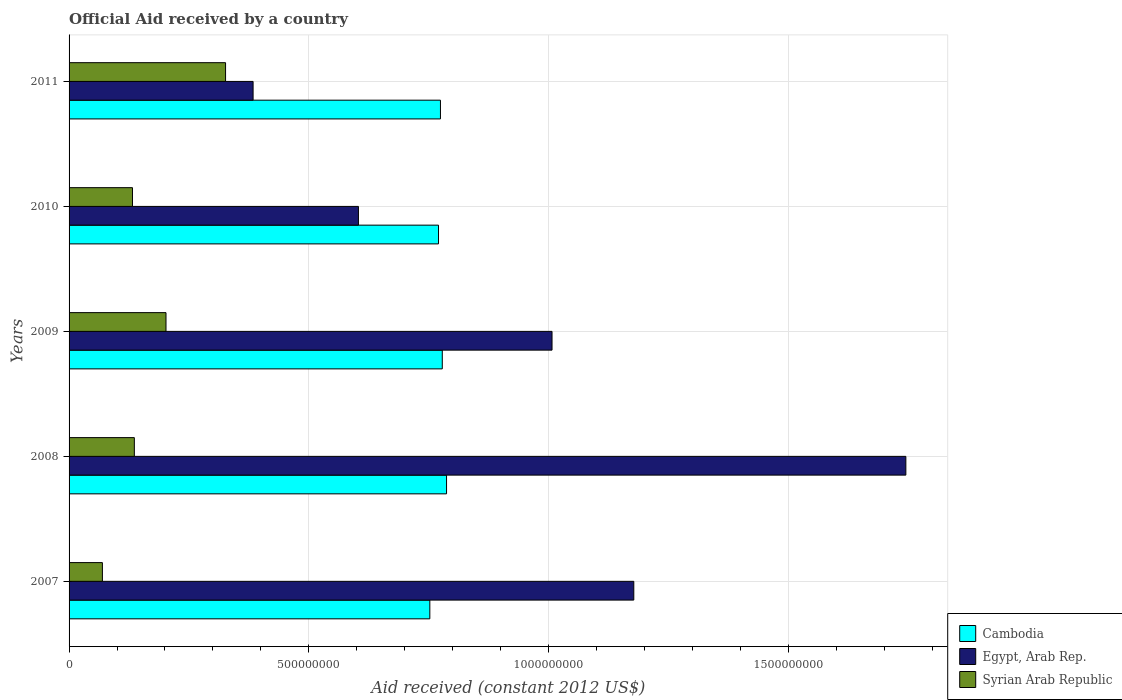
| Years | Cambodia | Egypt, Arab Rep. | Syrian Arab Republic |
 | --- | --- | --- | --- |
 | 2007 | 7.52e+08 | 1.18e+09 | 6.95e+07 |
 | 2008 | 7.87e+08 | 1.75e+09 | 1.36e+08 |
 | 2009 | 7.78e+08 | 1.01e+09 | 2.02e+08 |
 | 2010 | 7.71e+08 | 6.04e+08 | 1.32e+08 |
 | 2011 | 7.75e+08 | 3.84e+08 | 3.26e+08 |